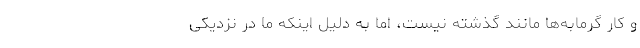
و کار گرمابه‌ها مانند گذشته نیست، اما به دلیل اینکه ما در نزدیکی